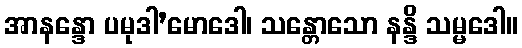
အာနန္ဒော ပမုဒါ’မောဒေါ၊ သန္တောသော နန္ဒိ သမ္မဒေါ။